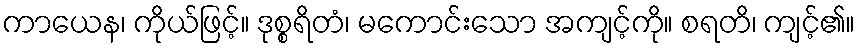
ကာယေန၊ ကိုယ်ဖြင့်။ ဒုစ္စရိတံ၊ မကောင်းသော အကျင့်ကို။ စရတိ၊ ကျင့်၏။